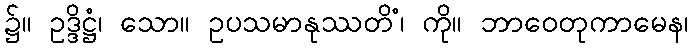
၌။ ဥဒ္ဒိဋ္ဌံ၊ သော။ ဥပသမာနုဿတိံ၊ ကို။ ဘာဝေတုကာမေန၊